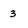
Character: 3